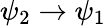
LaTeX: \psi_{2}\rightarrow\psi_{1}